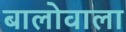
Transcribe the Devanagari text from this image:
बालोवाला